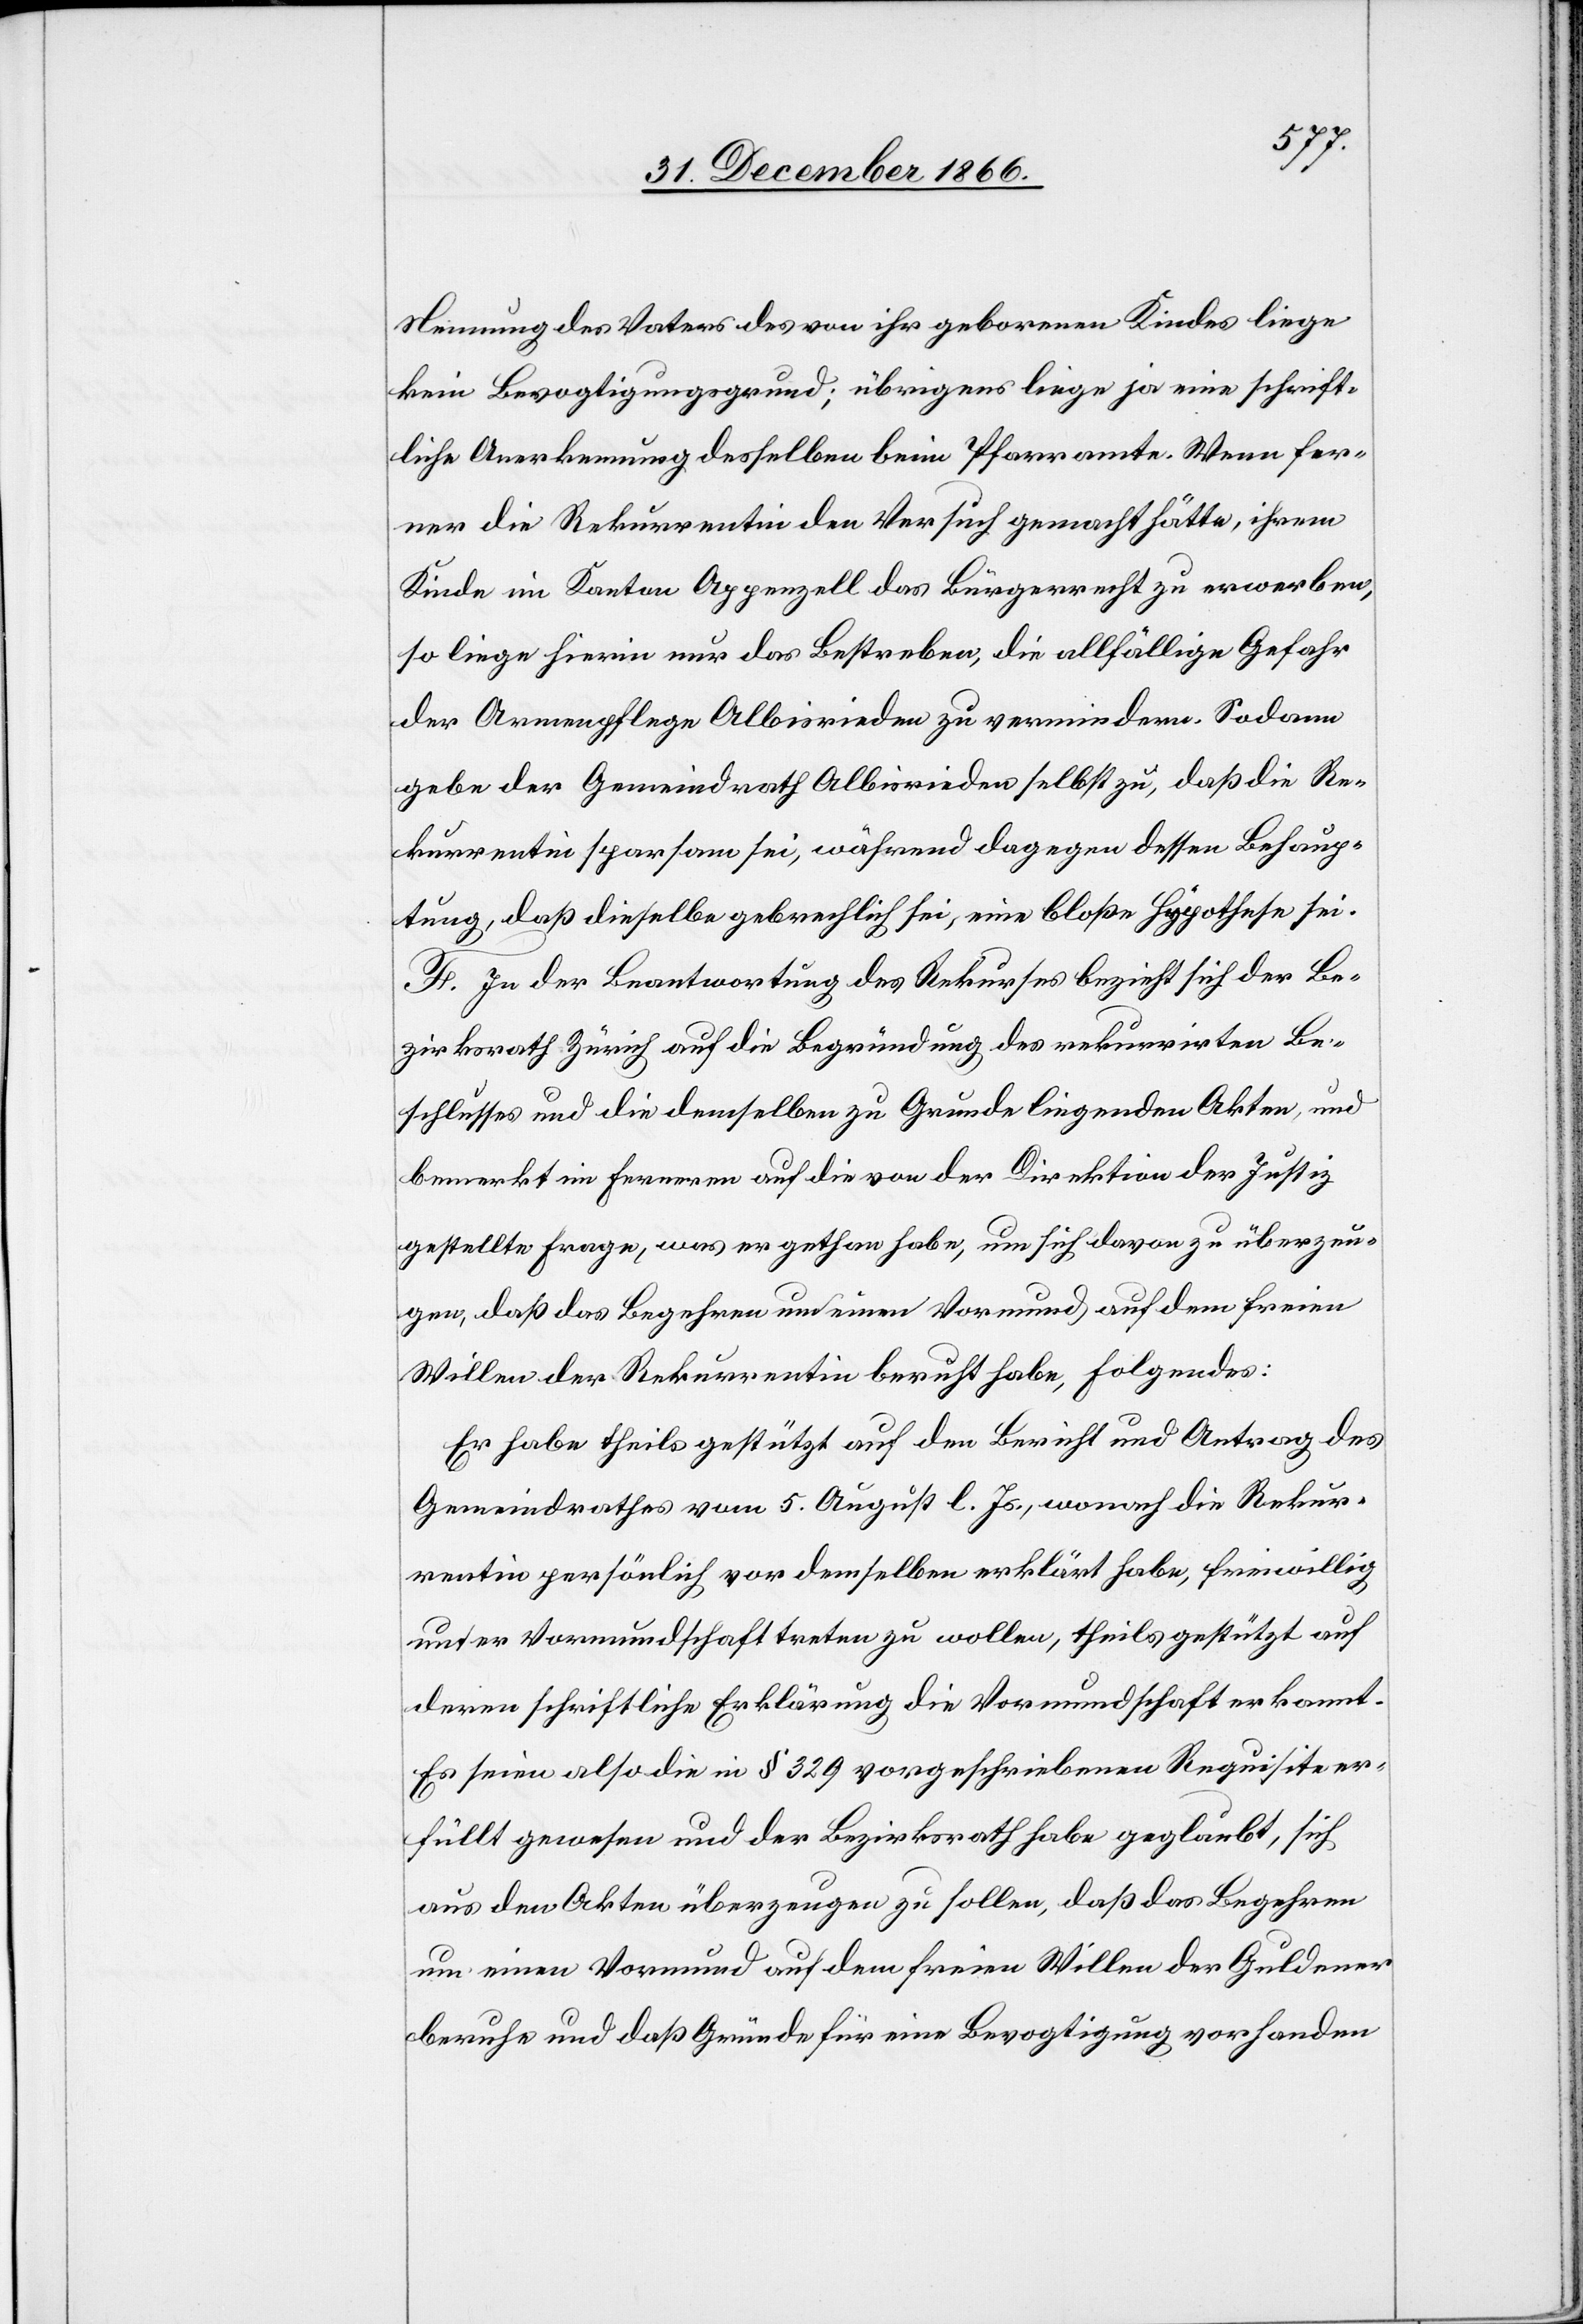
Nennung des Vaters des von ihr geborenen Kindes liege
kein Bevogtigungsgrund; übrigens liege ja eine schrift¬
liche Anerkennung desselben beim Pfarramte. Wenn fer¬
ner die Rekurrentin den Versuch gemacht hätte, ihrem
Kinde im Kanton Appenzell das Bürgerrecht zu erwerben,
so liege hierin nur das Bestreben, die allfällige Gefahr
der Armenpflege Albisrieden zu vermindern. Sodann
gebe der Gemeindrath Albisrieden selbst zu, daß die Re¬
kurrentin sparsam sei, während dagegen dessen Behaup¬
tung, daß dieselbe gebrechlich sei, eine bloße Hypothese sei.
F. In der Beantwortung des Rekurses bezieht sich der Be¬
zirksrath Zürich auf die Begründung des rekurrirten Be¬
schlusses und die demselben zu Grunde liegenden Akten, und
bemerkt im Ferneren auf die von der Direktion der Justiz
gestellte Frage, was er gethan habe, um sich davon zu überzeu¬
gen, daß das Begehren um einen Vormund auf dem freien
Willen der Rekurrentin beruht habe, Folgendes:
Er habe theils gestützt auf den Bericht und Antrag des
Gemeindrathes vom 5. August l. Js., wonach die Rekur¬
rentin persönlich vor demselben erklärt habe, freiwillig
unter Vormundschaft treten zu wollen, theils gestützt auf
deren schriftliche Erklärung die Vormundschaft erkannt.
Es seien also die in § 329 vorgeschriebenen Requisite er¬
füllt gewesen und der Bezirksrath habe geglaubt, sich
aus den Akten überzeugen zu sollen, daß das Begehren
um einen Vormund auf dem freien Willen der Guldener
beruhe und daß Gründe für eine Bevogtigung vorhanden